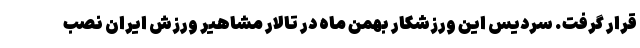
قرار گرفت. سردیس این ورزشکار بهمن ماه در تالار مشاهیر ورزش ایران نصب